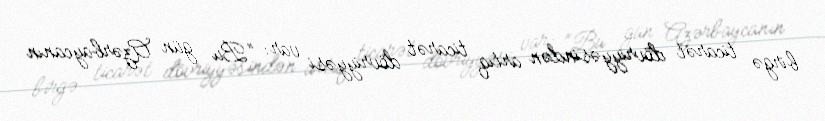
birgə ticarət dövriyyəsindən artıq ticarət dövriyyəsi var: “Bu gün Azərbaycanın